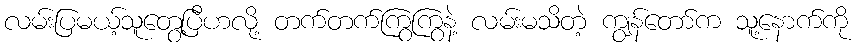
လမ်းပြမယ့်သူတွေ့ပြီဟလို့ တက်တက်ကြွကြွနဲ့ လမ်းမသိတဲ့ ကျွန်တော်က သူ့နောက်ကို